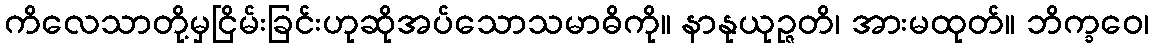
ကိလေသာတို့မှငြိမ်းခြင်းဟုဆိုအပ်သောသမာဓိကို။ နာနုယုဉ္ဇတိ၊ အားမထုတ်။ ဘိက္ခဝေ၊